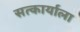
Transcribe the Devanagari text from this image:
सत्कार्याला